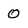
Character: 0